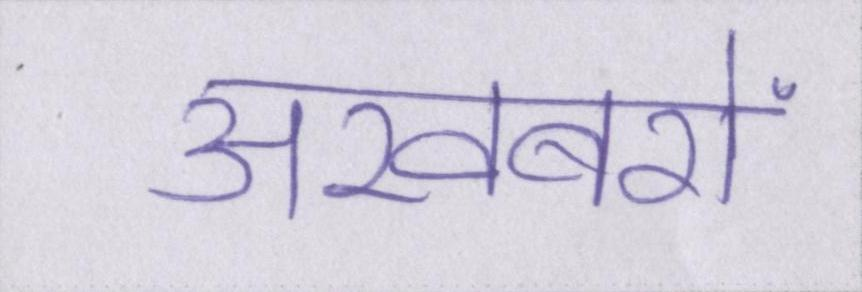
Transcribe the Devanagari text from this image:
अखबरों